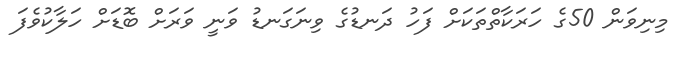
މިނިވަން 50ގެ ހަރަކާތްތަކަށް ފަހު ދަނޑުގެ ވިނަގަނޑު ވަނީ ވަރަށް ބޮޑަށް ހަލާކުވެފަ